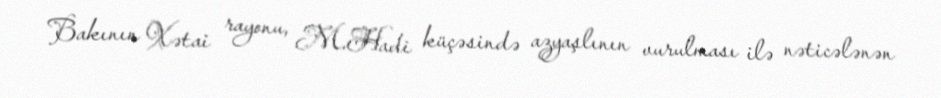
Bakının Xətai rayonu, M.Hadi küçəsində azyaşlının vurulması ilə nəticələnən